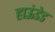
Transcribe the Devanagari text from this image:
हाऊंडेड